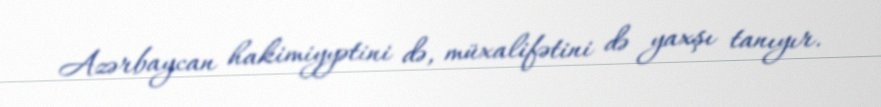
Azərbaycan hakimiyyətini də, müxalifətini də yaxşı tanıyır.